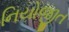
નિયોજીત